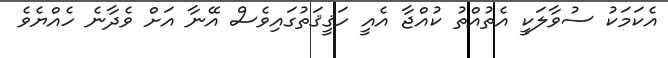
އެކަމަކު ސުވާލަކީ އެތުއްތު ކުއްޖާ އެއީ ހަޤީޤަތުގައިވެސް އޭނާ އަށް ވެދާނެ ހެއްޔެވެ